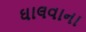
ઘાલવાના